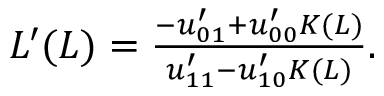
\begin{array} { r } { L ^ { \prime } ( L ) = \frac { - u _ { 0 1 } ^ { \prime } + u _ { 0 0 } ^ { \prime } K ( L ) } { u _ { 1 1 } ^ { \prime } - u _ { 1 0 } ^ { \prime } K ( L ) } . } \end{array}